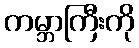
ကမ္ဘာကြီးကို